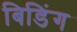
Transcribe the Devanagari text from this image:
बिडिंग